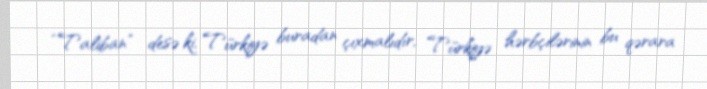
“Taliban” desə ki, Türkiyə buradan çıxmalıdır, Türkiyə hərbçilərinin bu qərara